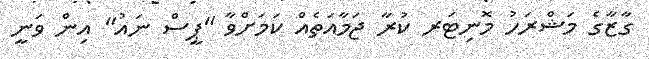
ގާޒާގެ މަޝްރަހު މޮނިޓަރ ކުރާ ޖަމާއަތެއް ކަމަށްވާ "ޕީސް ނައު" އިން ވަނީ